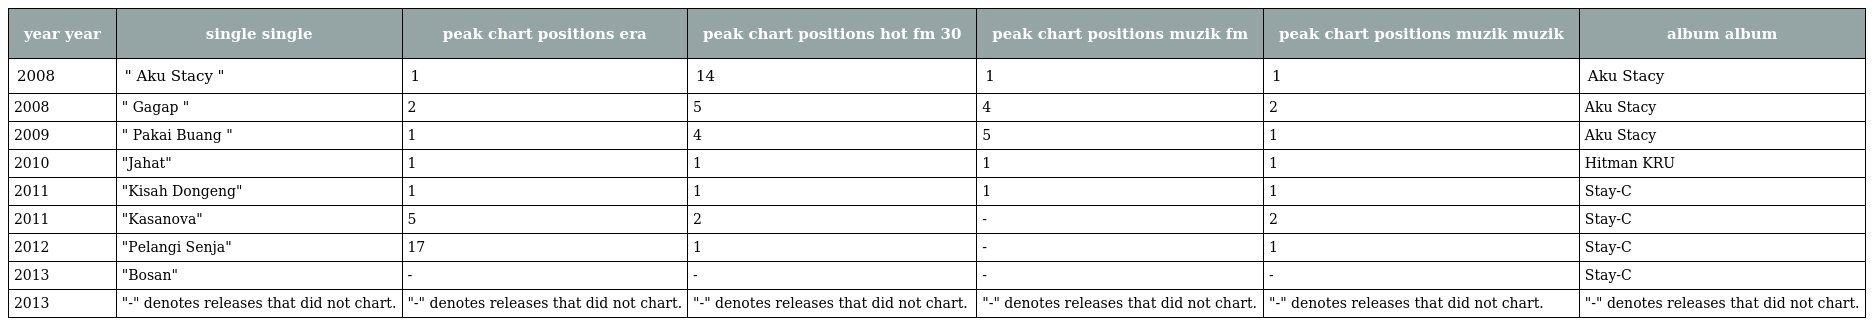
| year year | single single | peak chart positions era | peak chart positions hot fm 30 | peak chart positions muzik fm | peak chart positions muzik muzik | album album |
 | --- | --- | --- | --- | --- | --- | --- |
 | 2008 | " Aku Stacy " | 1 | 14 | 1 | 1 | Aku Stacy |
 | 2008 | " Gagap " | 2 | 5 | 4 | 2 | Aku Stacy |
 | 2009 | " Pakai Buang " | 1 | 4 | 5 | 1 | Aku Stacy |
 | 2010 | "Jahat" | 1 | 1 | 1 | 1 | Hitman KRU |
 | 2011 | "Kisah Dongeng" | 1 | 1 | 1 | 1 | Stay-C |
 | 2011 | "Kasanova" | 5 | 2 | - | 2 | Stay-C |
 | 2012 | "Pelangi Senja" | 17 | 1 | - | 1 | Stay-C |
 | 2013 | "Bosan" | - | - | - | - | Stay-C |
 | 2013 | "-" denotes releases that did not chart. | "-" denotes releases that did not chart. | "-" denotes releases that did not chart. | "-" denotes releases that did not chart. | "-" denotes releases that did not chart. | "-" denotes releases that did not chart. |